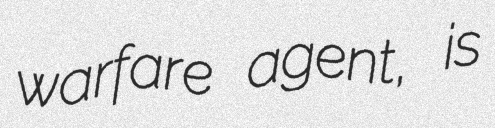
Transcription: warfare agent, is